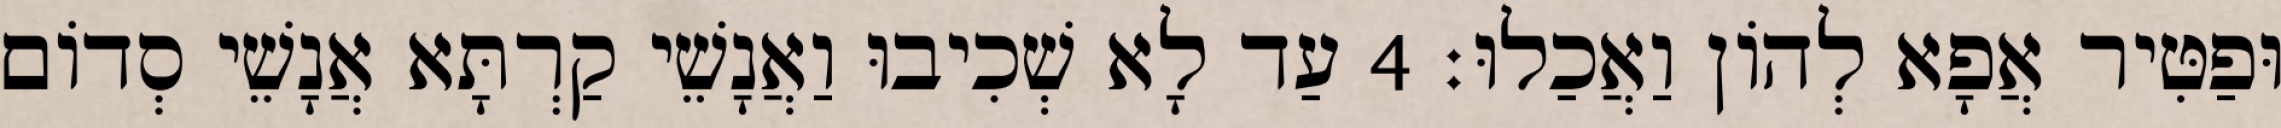
וּפַטִּיר אֲפָא לְהוֹן וַאֲכַלוּ׃ 4 עַד לָא שְׁכִיבוּ וַאֲנָשֵׁי קַרְתָּא אֲנָשֵׁי סְדוֹם